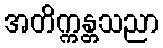
အတိက္ကန္တသညာ